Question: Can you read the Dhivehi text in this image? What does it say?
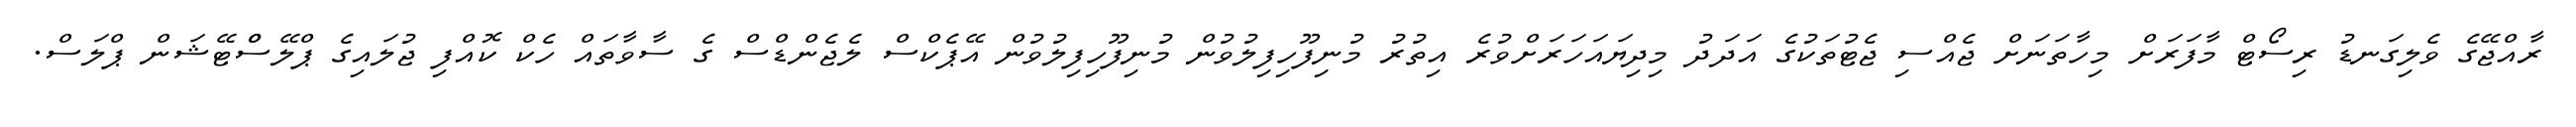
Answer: ރާއްޖޭގެ ވެލިގަނޑު ރިސޯޓް މާފަރަށް މިހާތަނަށް ޖެއްސި ޖެޓުތަކުގެ އަދަދު މިދިޔައަހަރަށްވުރެ އިތުރު މުނިފޫހިފިލުވުން މުނިފޫހިފިލުވުން އޭޕެކްސް ލެޖެންޑްސް ގެ ސާވާތައް ހެކް ކޮއްފި ޖުލައިގެ ޕްލޭސްްޓޭޝަން ޕްލަސް.